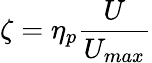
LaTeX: \zeta=\eta_{p}\frac{U}{U_{max}}